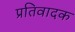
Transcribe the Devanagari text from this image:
प्रतिवादक